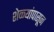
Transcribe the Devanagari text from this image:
शेळ्यांपासून